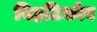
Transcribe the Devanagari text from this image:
विहटिकोव